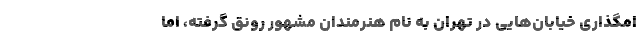
امگذاری خیابان‌هایی در تهران به نام هنرمندان مشهور رونق گرفته، اما